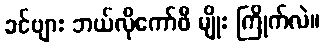
ခင်ဗျား ဘယ်လိုကော်ဖီ မျိုး ကြိုက်လဲ။